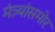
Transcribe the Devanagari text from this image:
मंत्र्यांसमोर